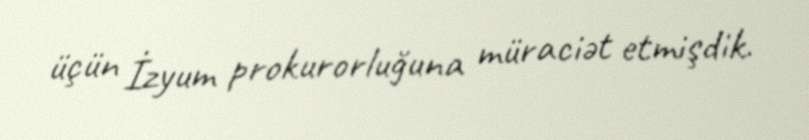
üçün İzyum prokurorluğuna müraciət etmişdik.